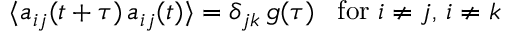
\langle a _ { i j } ( t + \tau ) \, a _ { i j } ( t ) \rangle = \delta _ { j k } \, g ( \tau ) \; \; \; \mathrm { f o r } \; i \neq j , \, i \neq k